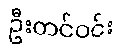
ဦးတင်ဝင်း